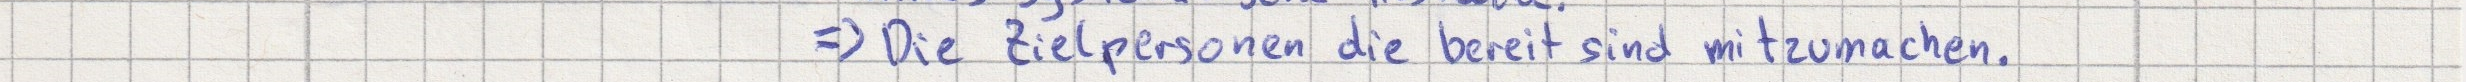
=> Die Zielpersonen die bereit sind mitzumachen.